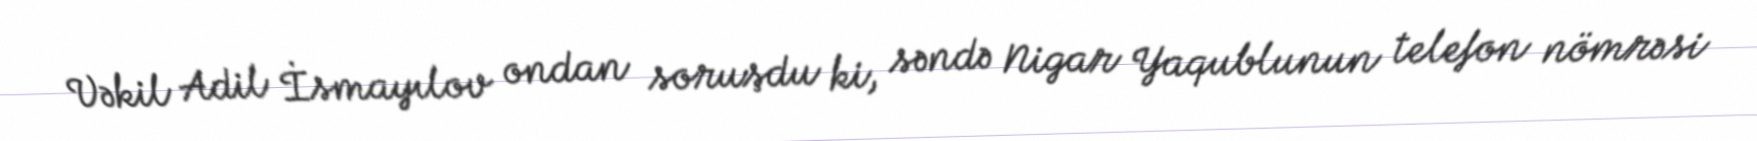
Vəkil Adil İsmayılov ondan soruşdu ki, səndə Nigar Yaqublunun telefon nömrəsi